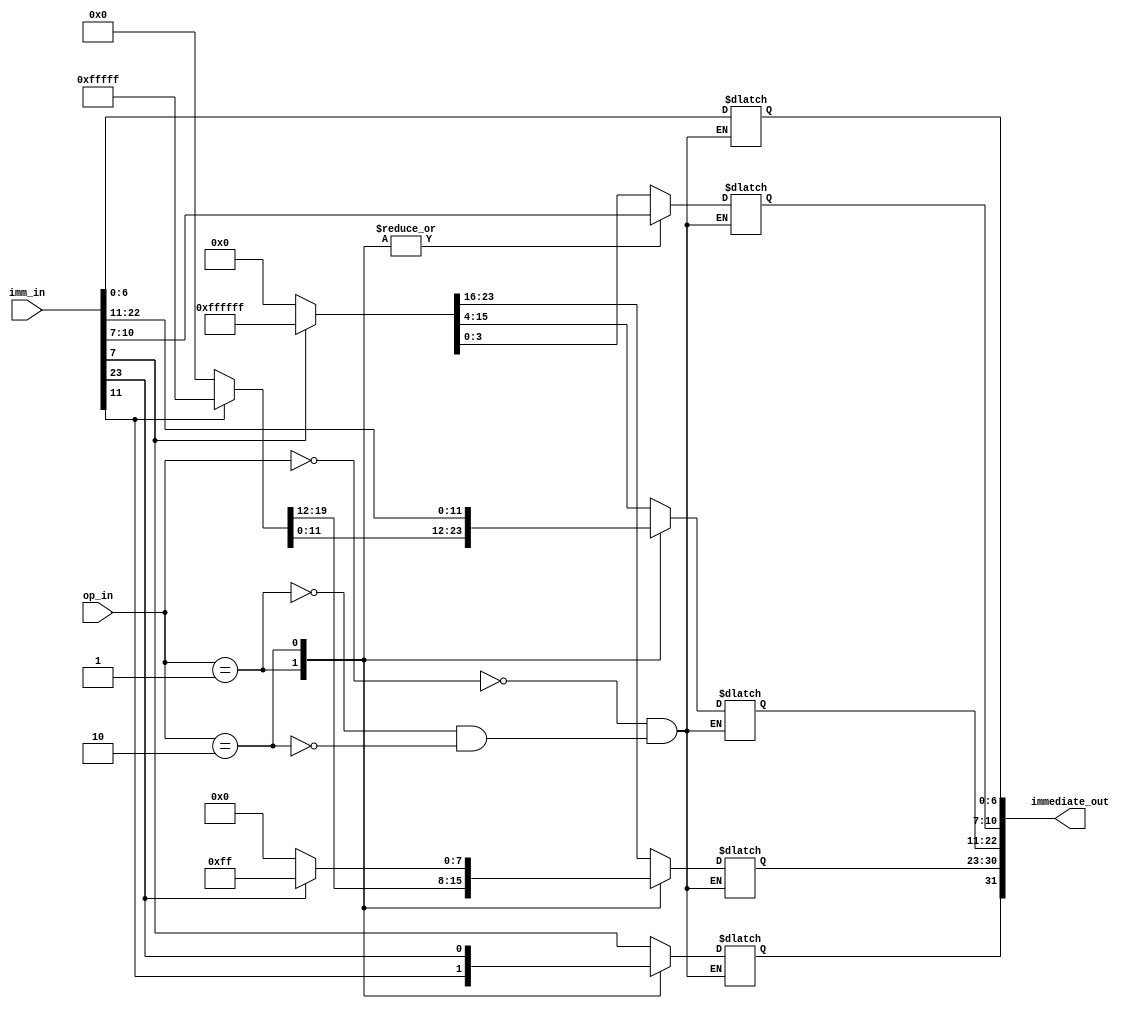
module concatenator(
	input [23:0] imm_in,
	input [1:0] op_in,
	output [31:0] immediate_out);
	
	reg [31:0] result = 0;
	
	assign immediate_out = result;
	
	always@(*) begin
	
		case(op_in)
		
			2'b00 : begin
				result[31] <= imm_in[7];
				result[6:0] <= imm_in[6:0];
				result[30:7] <= (imm_in[7] == 1'b1)?24'b111111111111111111111111:0;
			end
			
			2'b01 : begin
				result[31] <= imm_in[11];
				result[10:0] <= imm_in[10:0];
				result[30:11] <= (imm_in[11] == 1'b1)?20'b11111111111111111111:0;
			end
			
			2'b10 : begin
				result[31] <= imm_in[23];
				result[22:0] <= imm_in[22:0];
				result[30:23] <= (imm_in[23] == 1'b1)?8'b11111111:0;
			end
		
		endcase
	
	end
	
endmodule